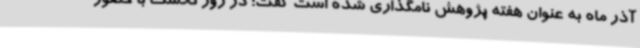
آذر ماه به عنوان هفته پژوهش نامگذاری شده است گفت: در روز نخست با حضور